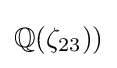
\mathbb {Q} (\zeta _{23}))